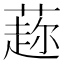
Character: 𦼜